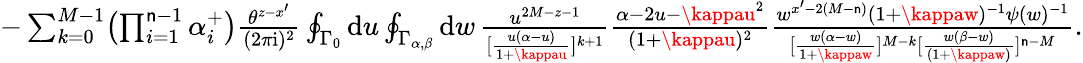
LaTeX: \textstyle-\sum_{k=0}^{M-1}\bigl(\prod_{i=1}^{\mathsf{n}-1}\alpha_{i}^{+}\bigr)\frac{{\theta^{z-x^{\prime}}}}{{(2\pi\mathrm{{i}})^{2}}}\oint_{\Gamma_{0}}\mathrm{{d}}u\oint_{\Gamma_{\alpha,\beta}}\mathrm{{d}}w\, \frac{{u^{2M-z-1}}}{{[\frac{{u(\alpha-u)}}{{1+\kappau}}]^{k+1}}}\frac{{\alpha-2u-\kappau^{2}}}{{(1+\kappau)^{2}}}\frac{{w^{x^{\prime}-2(M-\mathsf{n})}(1+\kappaw)^{-1}\psi(w)^{-1}}}{{[\frac{{w(\alpha-w)}}{{1+\kappaw}}]^{M-k}[\frac{{w(\beta-w)}}{{(1+\kappaw)}}]^{\mathsf{n}-M}}}.